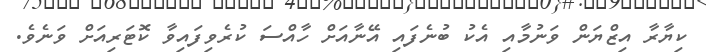
ކިޔާރާ އިޒްޔަން ވަނުމާއި އެކު ބުނެފައި އޭނާއަށް ހާއްސަ ކުރެވިފައިވާ ކޮޓަރިއަށް ވަނެވެ.